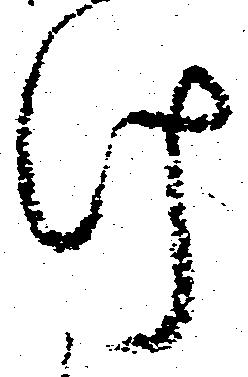
け